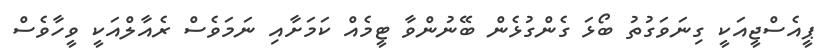
ޕީއެސްޖީއަކީ ގިނަވަގުތު ބޯޅަ ގެންގުޅެން ބޭނުންވާ ޓީމެއް ކަމަށާއި ނަމަވެސް ރެއާލްއަކީ ވީހާވެސް